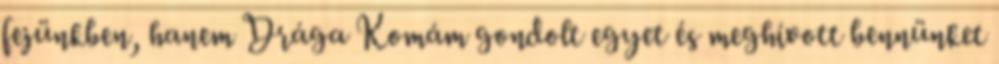
fejünkben, hanem Drága Komám gondolt egyet és meghívott bennünket